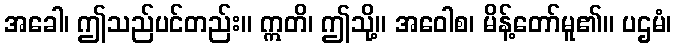
အခေါ၊ ဤသည်ပင်တည်း။ ဣတိ၊ ဤသို့။ အဝေါစ၊ မိန့်တော်မူ၏။ ပဌမံ၊